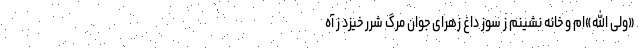
«ولی اللّه»ام و خانه نشینم ز سوز داغ زهرای جوان مرگ شرر خیزد ز آه